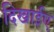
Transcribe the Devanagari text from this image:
दिखाईए